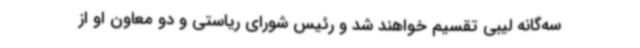
سه‌گانه لیبی تقسیم خواهند شد و رئیس شورای ریاستی و دو معاون او از